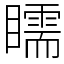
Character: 𥌎